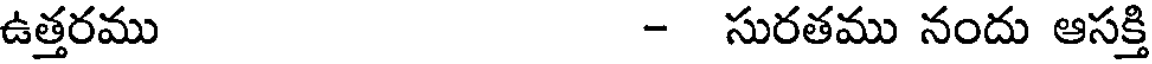
ఉత్తరము - సురతము నందు ఆసక్తి